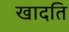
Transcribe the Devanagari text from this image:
खादति